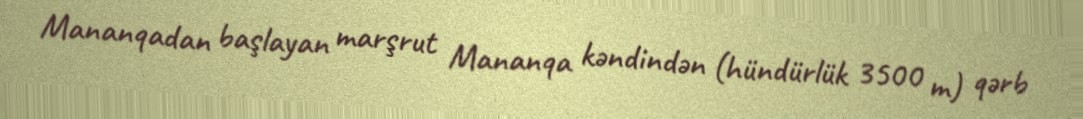
Mananqadan başlayan marşrut Mananqa kəndindən (hündürlük 3500 m) qərb